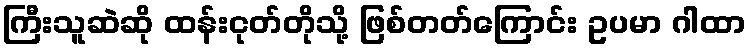
ကြီးသူဆဲဆို ထန်းငုတ်တိုသို့ ဖြစ်တတ်ကြောင်း ဥပမာ ဂါထာ